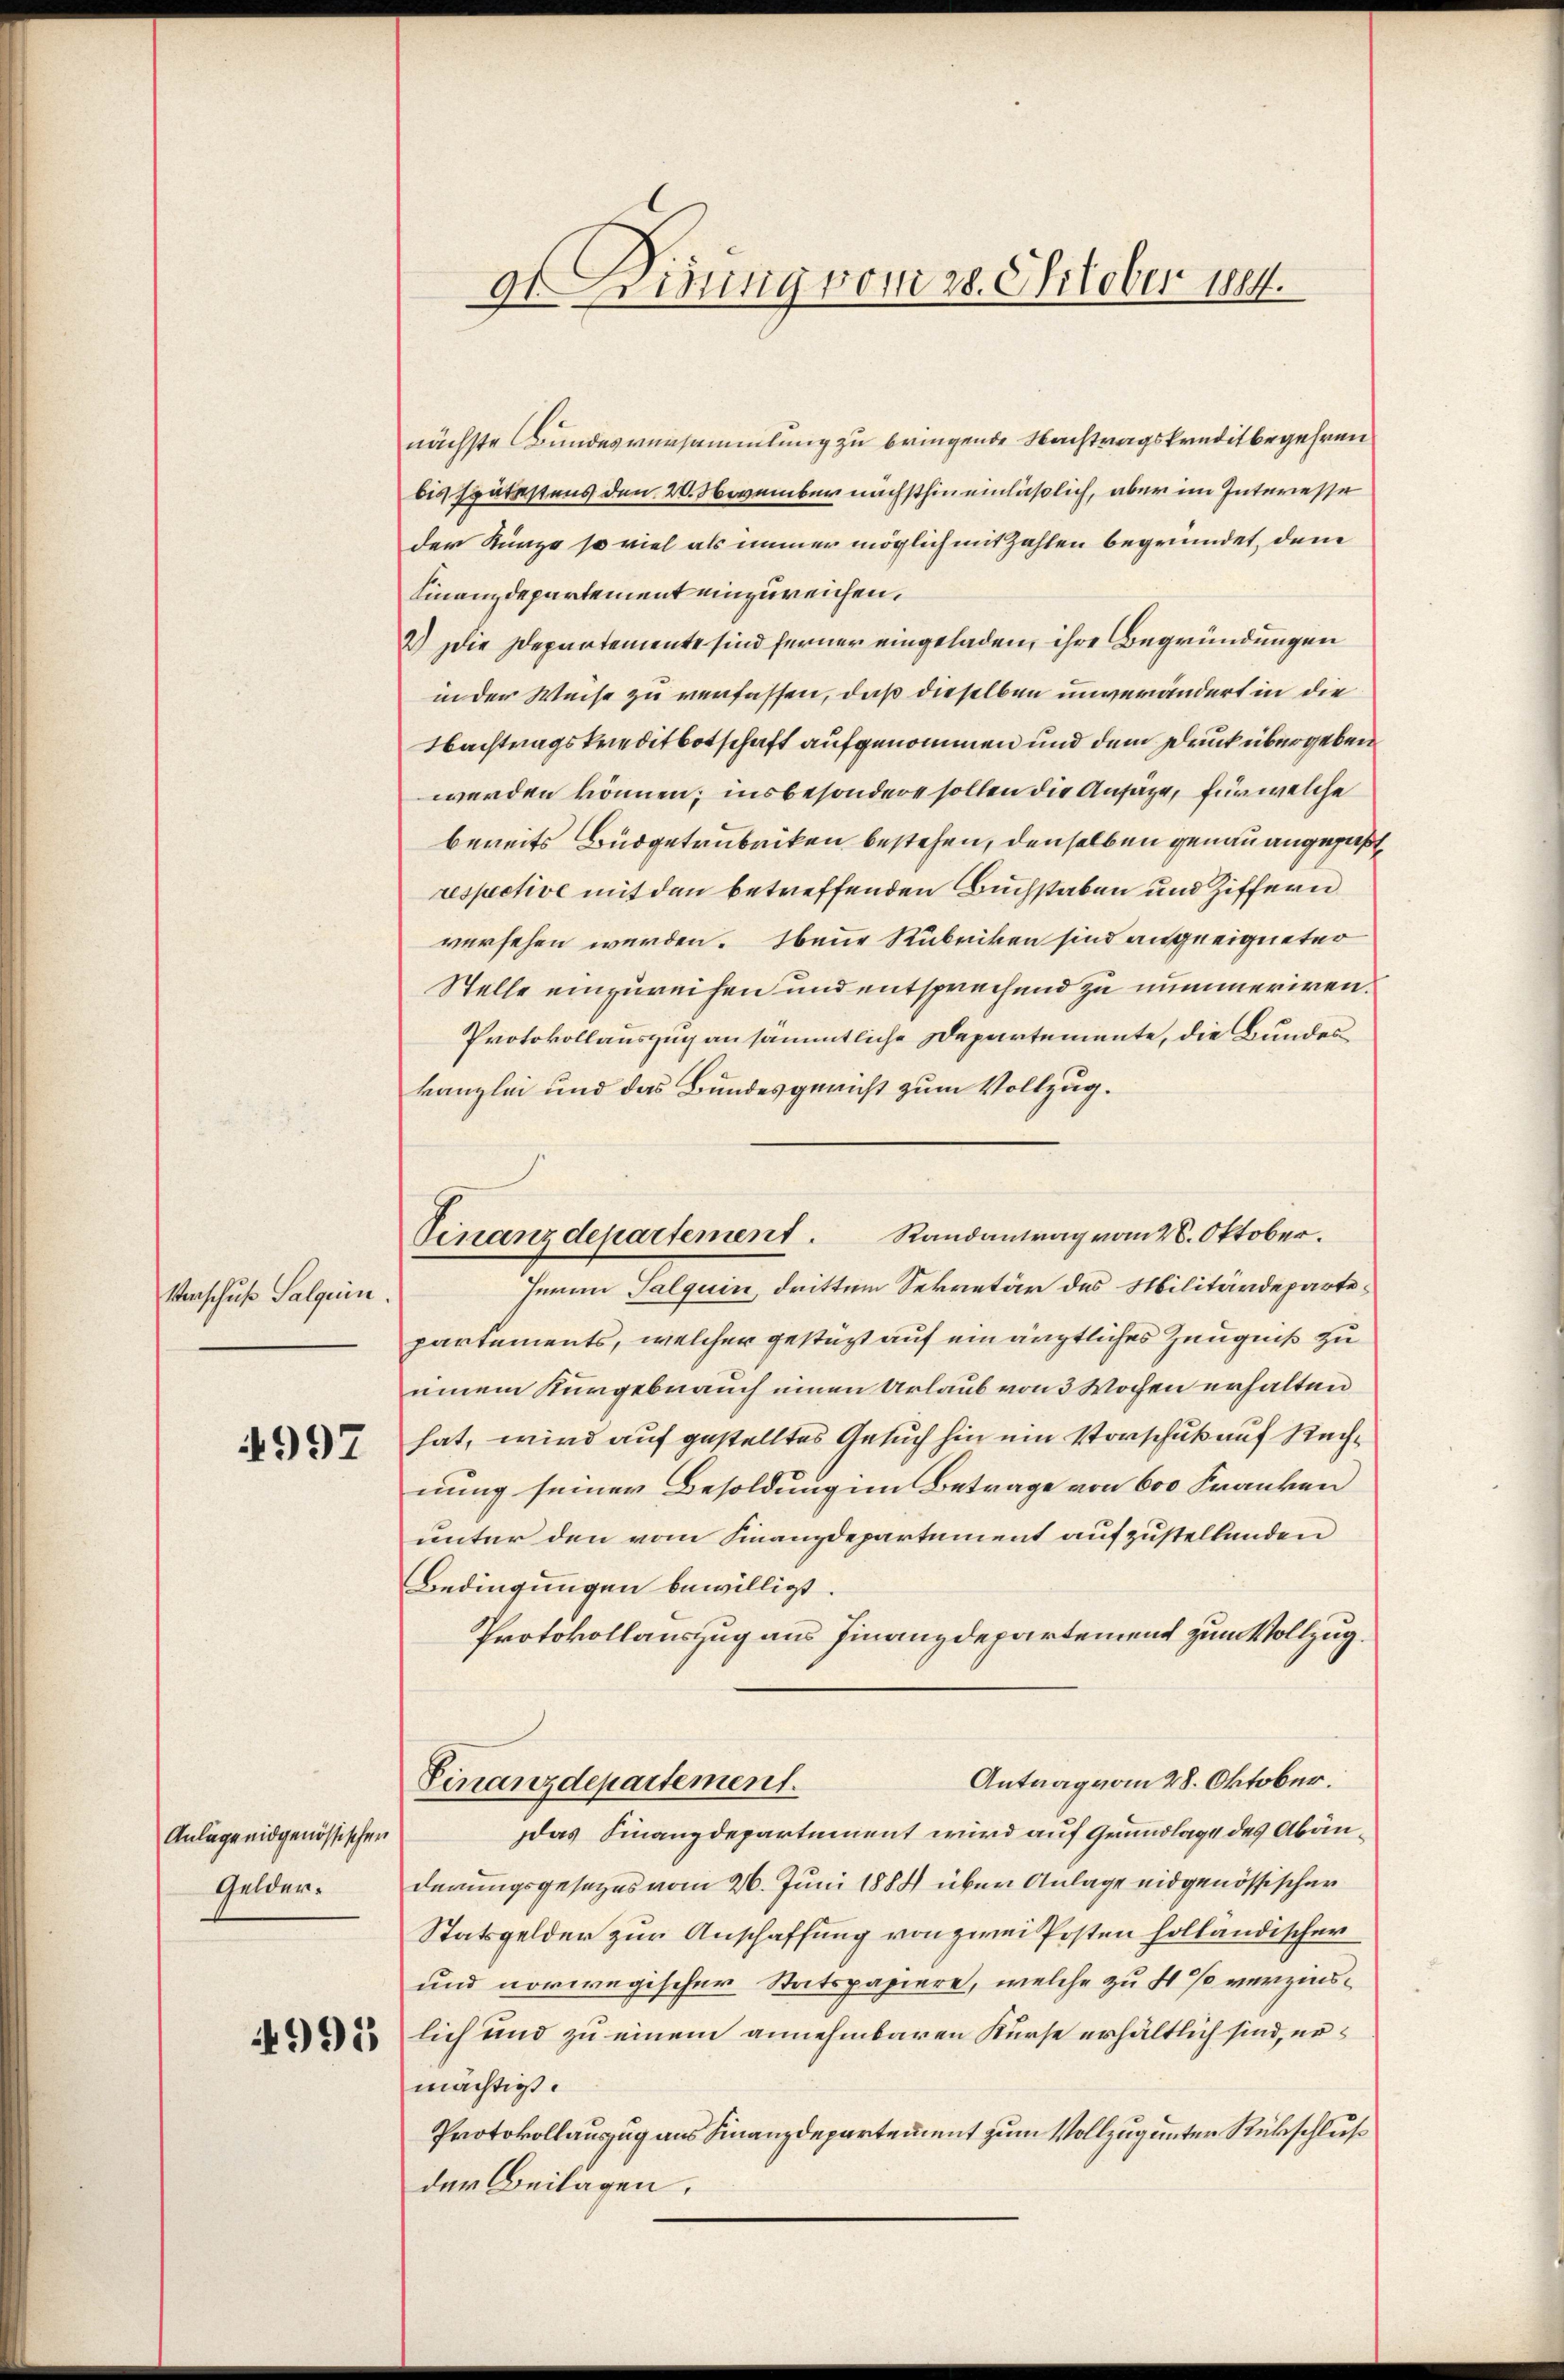
Verschuß Salquin.

4997

Anlage eidgenössischen
Gelder.

4995

dDirung vom 28. Oktober 1894.

nächste Bundesversammlung zu bringende Nachtragskreditbegehren
bis spätestens den 20. November nächsthin einläßlich, aber im Interesse
der Künze so viel als immer möglich mit Zahlen begründet, den
Finanzdepartement einzureichen.
2.) Die Departemente sind ferner eingeladen, ihre Begründungen
in der Weise zu verfassen, daß dieselben unverändert in die
Nachtragskreditbotschaft aufgenommen und dem Druck übergeben
werden können; insbesondere sollen die Ansäze, für welche
bereits Büdgetrubriken bestehen, denselben genau angefaßt,
respective mit den betreffenden Buchstaben und Ziffern
versehen werden. Ebene Rubriken sind angeeigneter
Stelle einzureihen und entsprechend zu nummeriren.
Protokollauszug an sämmtliche Departemente, die Bundeskanzlei und das Bundesgericht zum Vollzug.
Herau Salquin, drittem Sekretär des Militärdepartepartements, welcher gestüzt auf ein ärztliches Zeugniß zu
einem Kurgebrauch einen Urlaub von 3 Wochen erhalten
hat, wird auf gestelltes Gesuch hin ein Vorschuß auf Rechnung seiner Besoldung im Betrage von 600 Franken
unter den vom Finanzdepartement aufzustellenden
Bedingungen bewilligt.
Protokollauszug aus Finanzdepartement zum Vollzug.
Antrag vom 28. Oktober.
Finanzdepartement.
Das Finanzdepartement wird auf Grundlage des Abänderungsgesezes vom 26. Juni 1884 über Anlage eidgenössischer
Statsgelder zur Anschaffung von zwei Posten holländischer
und norwegischer Statspapiere, welche zu 4% verzinslich und zu einem annehmbaren Kurse erhältlich sind, ermächtigt.
Protokollauszug aus Finanzdepartement zum Vollzug unter Rückschluß
der Beilagen.

Vinanzdepartement. Randantrag vom 28. Oktober.